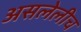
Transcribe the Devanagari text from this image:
असलेलीच